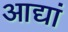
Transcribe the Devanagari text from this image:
आद्यां